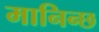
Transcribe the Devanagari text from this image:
मानिन्छ